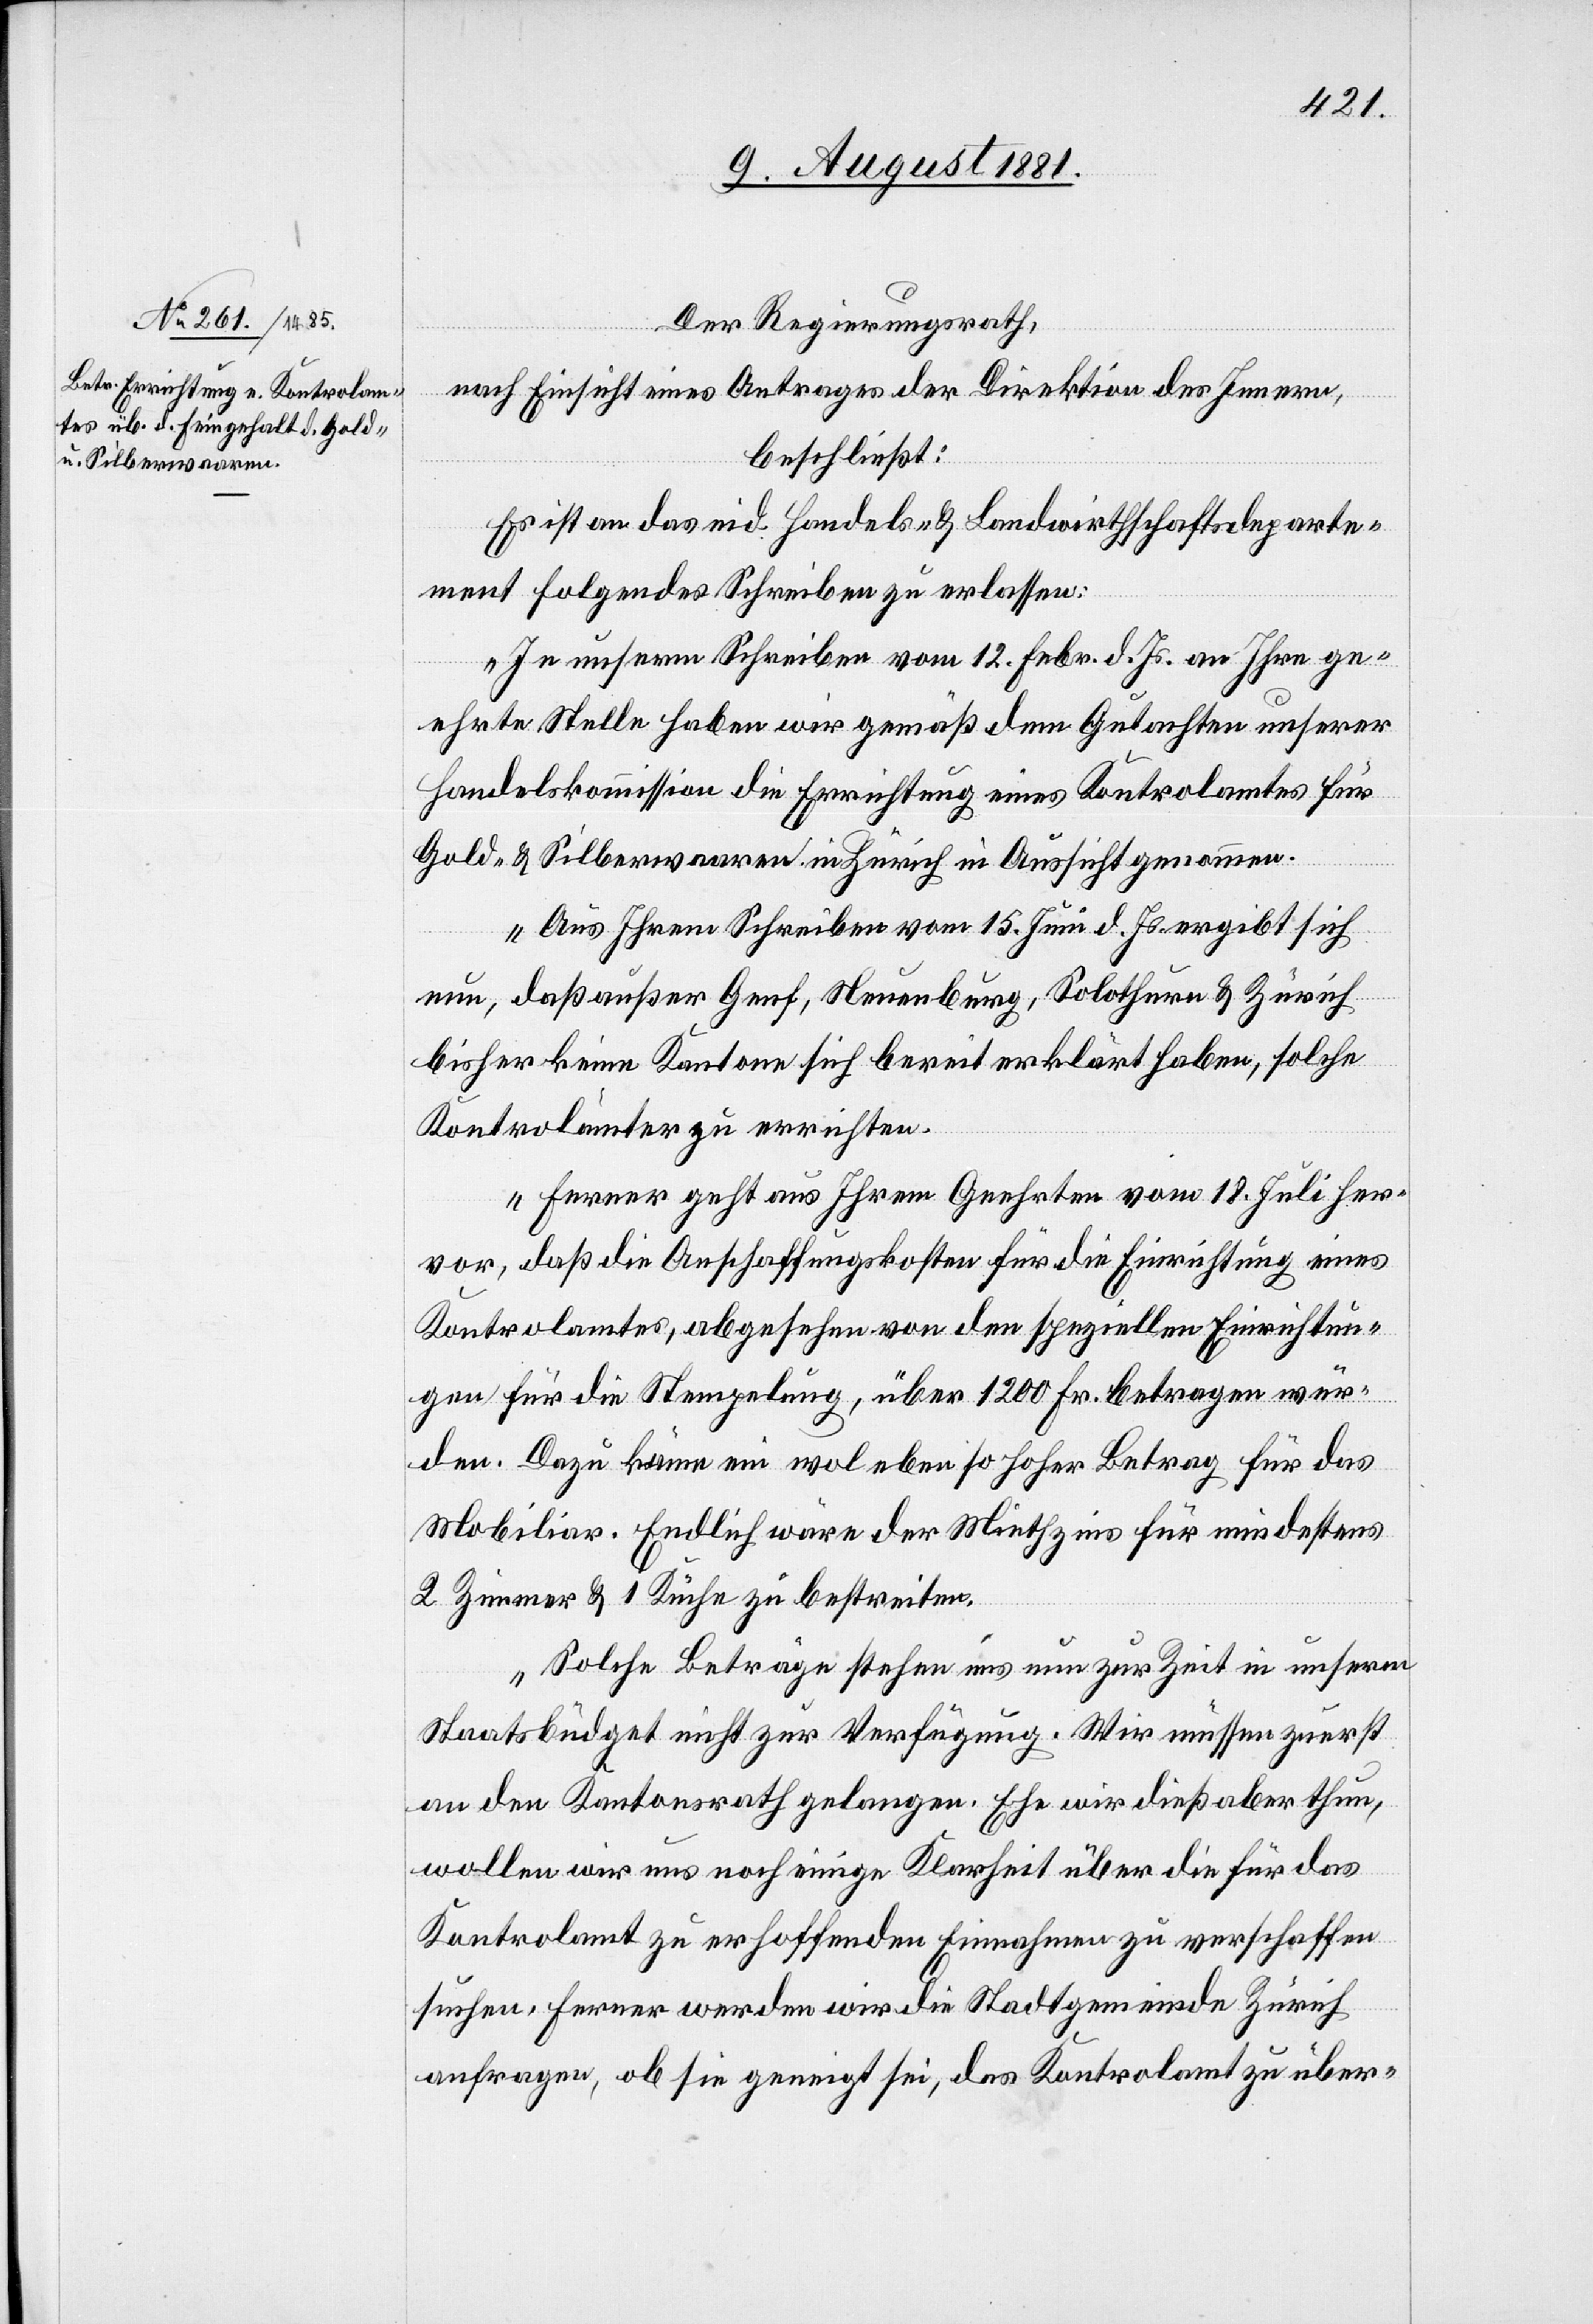
Der Regierungsrath,
nach Einsicht eines Antrages der Direktion des Innern,
beschließt:
Es ist an das eid. Handels- & Landwirthschaftsdeparte¬
ment folgendes Schreiben zu erlassen:
„In unserm Schreiben vom 12. Febr. d. Js. an Ihre ge¬
ehrte Stelle haben wir gemäß dem Gutachten unserer
Handelskommission die Errichtung eines Kontrolamtes für
Gold- & Silberwaaren in Zürich in Aussicht genommen.
Aus Ihrem Schreiben vom 15. Juni d. Js. ergibt sich
nun, daß außer Genf, Neuenburg, Solothurn & Zürich
bisher keine Kantone sich bereit erklärt haben, solche
Kontrolämter zu errichten.
Ferner geht aus Ihrem Geehrten vom 18. Juli her¬
vor, daß die Anschaffungskosten für die Einrichtung eines
Kontrolamtes, abgesehen von den speziellen Einrichtun¬
gen für die Stempelung, über 1200 Fr. betragen wür¬
den. Dazu käme ein wol eben so hoher Betrag für das
Mobiliar. Endlich wäre der Miethzins für mindestens
2 Zimmer & 1 Küche zu bestreiten.
Solche Beträge stehen uns nun zur Zeit in unserm
Staatsbüdget nicht zur Verfügung. Wir müssen zuerst
an den Kantonsrath gelangen. Ehe wir dieß aber thun,
wollen wir uns noch einige Klarheit über die für das
Kontrolamt zu erhoffenden Einnahmen zu verschaffen
suchen, ferner werden wir die Stadtgemeinde Zürich
anfragen, ob sie geneigt sei, das Kontrolamt zu über-